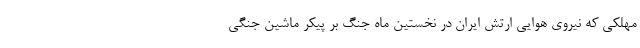
مهلكي كه نيروي هوايي ارتش ايران در نخستين ماه جنگ بر پيكر ماشين جنگي